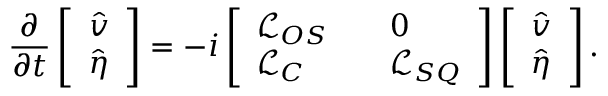
\frac { \partial } { \partial t } \left[ \begin{array} { l } { \hat { v } } \\ { \hat { \eta } } \end{array} \right] = - i \left[ \begin{array} { l l l } { \mathcal { L } _ { O S } } & & { 0 } \\ { \mathcal { L } _ { C } } & & { \mathcal { L } _ { S Q } } \end{array} \right] \left[ \begin{array} { l } { \hat { v } } \\ { \hat { \eta } } \end{array} \right] \mathrm { . }